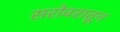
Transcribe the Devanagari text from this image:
सरोवरातून